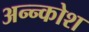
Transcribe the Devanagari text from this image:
अन्‍न्कोश